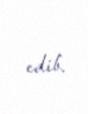
edib.